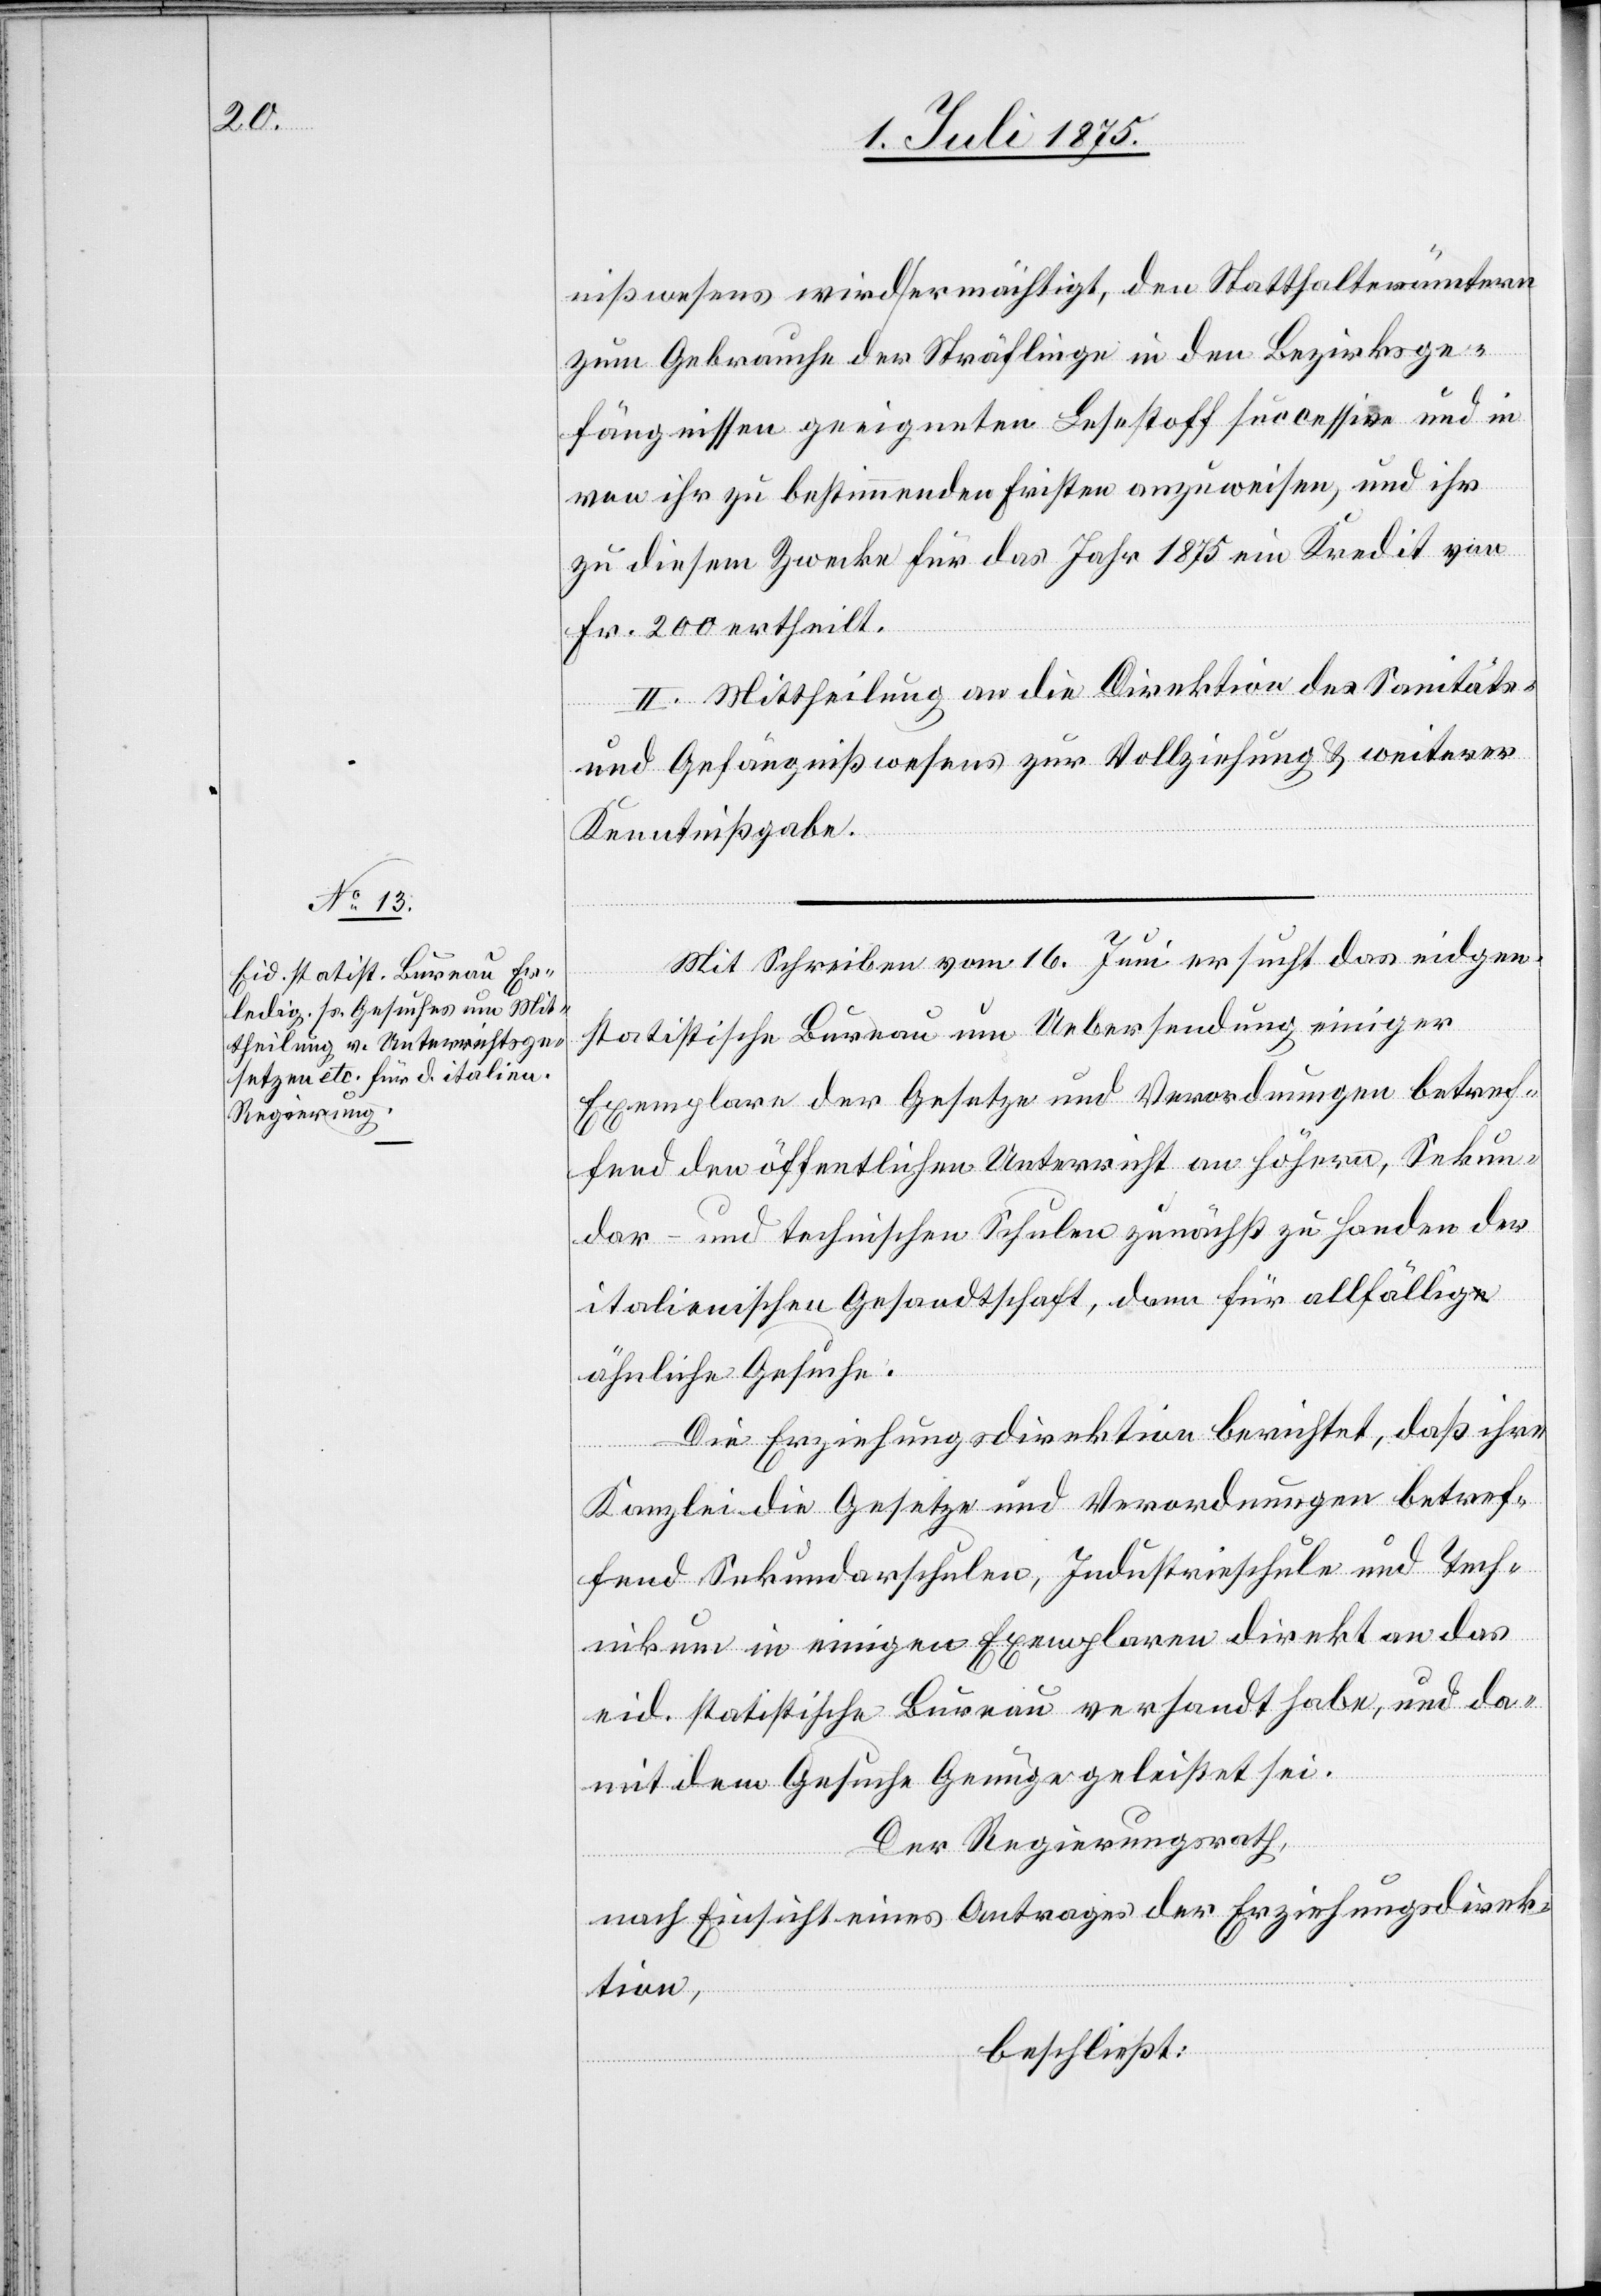
nißwesens wird ermächtigt, den Statthalterämtern
zum Gebrauche der Sträflinge in den Bezirksge¬
fängnissen geeigneten Lesestoff successive und in
von ihr zu bestimmenden Fristen anzuweisen, und ihr
zu diesem Zwecke für das Jahr 1875 ein Kredit von
Fr. 200 ertheilt.
II. Mittheilung an die Direktion des Sanitäts-
und Gefängnißwesens zur Vollziehung & weiterer
Kenntnißgabe.
Mit Schreiben vom 16. Juni ersucht das eidgen.
statistische Bureau um Uebersendung einiger
Exemplare der Gesetze und Verordnungen betref¬
fend den öffentlichen Unterricht an höhern, Sekun¬
dar- und technischen Schulen zunächst zu Handen der
italienischen Gesandtschaft, dann für allfällig
ähnliche Gesuche.
Die Erziehungsdirektion berichtet, daß ihre
Kanzlei die Gesetze und Verordnungen betref¬
fend Sekundarschulen, Industrieschule und Tech¬
nikum in einigen Exemplaren direkt an das
eid. statistische Bureau versandt habe, und da¬
mit dem Gesuche Genüge geleistet sei.
Der Regierungsrath,
nach Einsicht eines Antrages der Erziehungsdirek¬
tion,
beschließt: